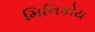
મિનિકોય